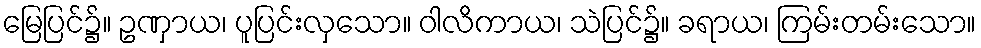
မြေပြင်၌။ ဥဏှာယ၊ ပူပြင်းလှသော။ ဝါလိကာယ၊ သဲပြင်၌။ ခရာယ၊ ကြမ်းတမ်းသော။